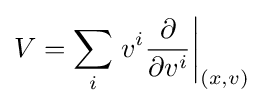
V=\sum _{i}\left.v^{i}{\frac {\partial }{\partial v^{i}}}\right|_{(x,v)}